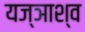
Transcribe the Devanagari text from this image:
यज्ञाश्व